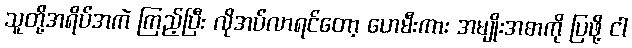
သူတို့အရိပ်အကဲ ကြည့်ပြီး လိုအပ်လာရင်တော့ ဟေမီးကား အမျိုးအစာကို ပြဖို့ ငါ